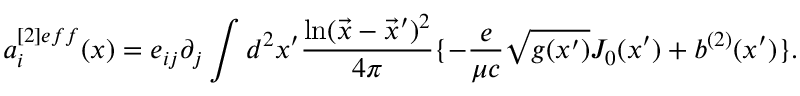
a _ { i } ^ { [ 2 ] e f f } ( x ) = e _ { i j } \partial _ { j } \int d ^ { 2 } x ^ { \prime } { \frac { \ln ( \vec { x } - \vec { x } ^ { \prime } ) ^ { 2 } } { 4 \pi } } \{ - { \frac { e } { \mu c } } \sqrt { g ( x ^ { \prime } ) } J _ { 0 } ( x ^ { \prime } ) + b ^ { ( 2 ) } ( x ^ { \prime } ) \} .